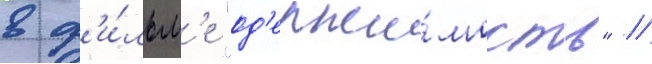
в ф'и́льм'е "од'ержи́мость" /